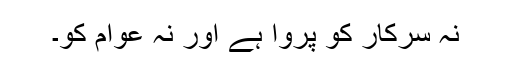
نہ سرکار کو پروا ہے اور نہ عوام کو۔